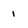
Character: 1